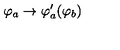
\varphi _ { a } \rightarrow \varphi _ { a } ^ { \prime } ( \varphi _ { b } )